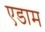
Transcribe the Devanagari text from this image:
एडाम